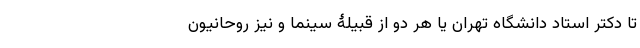
تا دکتر استاد دانشگاه تهران یا هر دو از قبیلۀ سینما و نیز روحانیون